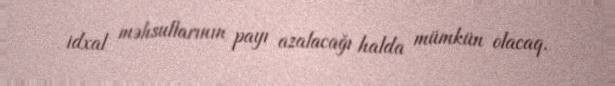
idxal məhsullarının payı azalacağı halda mümkün olacaq.